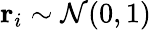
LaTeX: \mathbf{r}_{i}\sim\mathcal{N}(0,1)